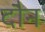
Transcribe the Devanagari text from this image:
दौन